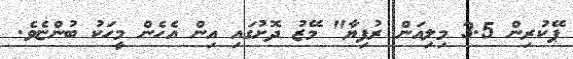
ޕޭކުރިން 3.5 މިލިއަން ރުފިޔާ" މޭޒު ދޮށުގައި އިން އެހެން މީހަކު ބުންޏެވެ.